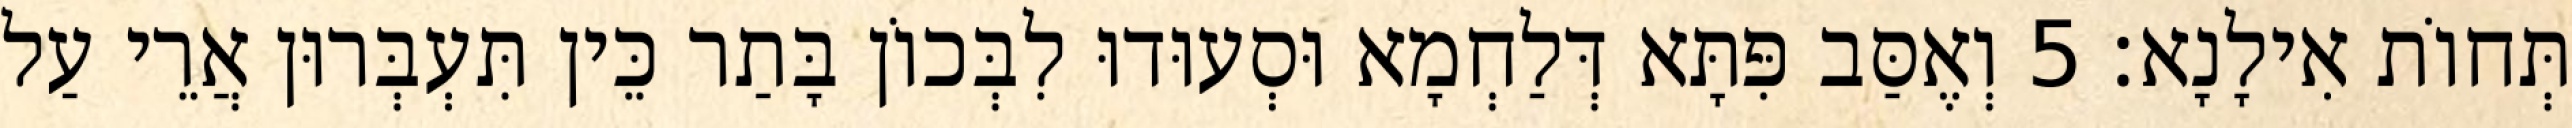
תְּחוֹת אִילָנָא׃ 5 וְאֶסַּב פִּתָּא דְּלַחְמָא וּסְעוּדוּ לִבְּכוֹן בָּתַר כֵּין תִּעְבְּרוּן אֲרֵי עַל